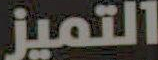
التميز